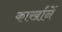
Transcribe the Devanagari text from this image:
कार्खानें